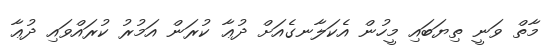
މާތް ވަނީ ތިޔަބައި މީހުން އެކަލާނގެއަށް ދުޢާ ކުރަން އަމުރު ކުރައްވައި ދުޢާ